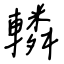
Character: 轔